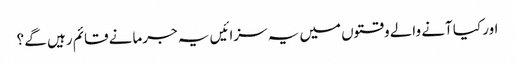
اور کیا آنے والے وقتوں میں یہ سزائیں یہ جرمانے قائم رہیں گے ؟